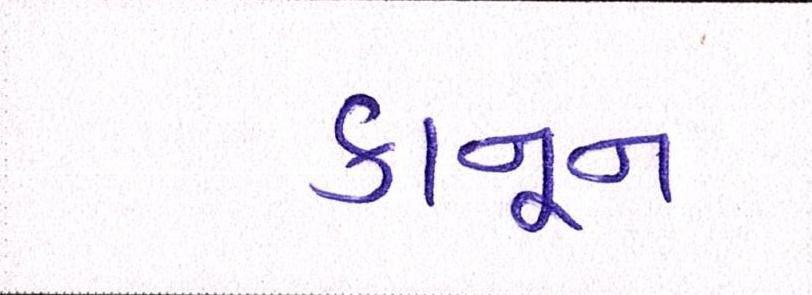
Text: કાનૂન